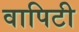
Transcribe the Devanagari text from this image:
वापिटी